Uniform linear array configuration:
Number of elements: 12
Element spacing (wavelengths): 0.5
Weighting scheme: uniform
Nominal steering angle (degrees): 15
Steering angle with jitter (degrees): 15.146
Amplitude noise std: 0.05
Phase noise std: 0.05

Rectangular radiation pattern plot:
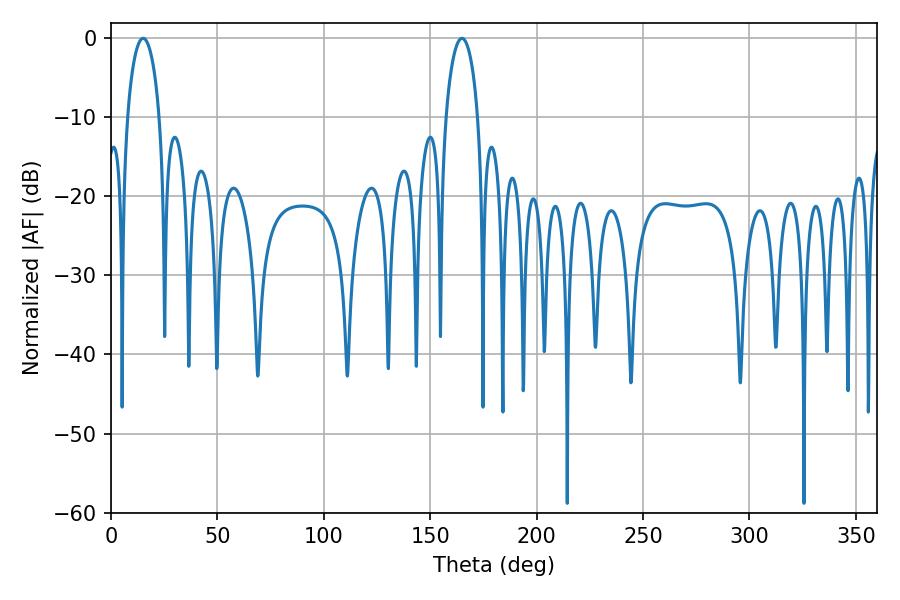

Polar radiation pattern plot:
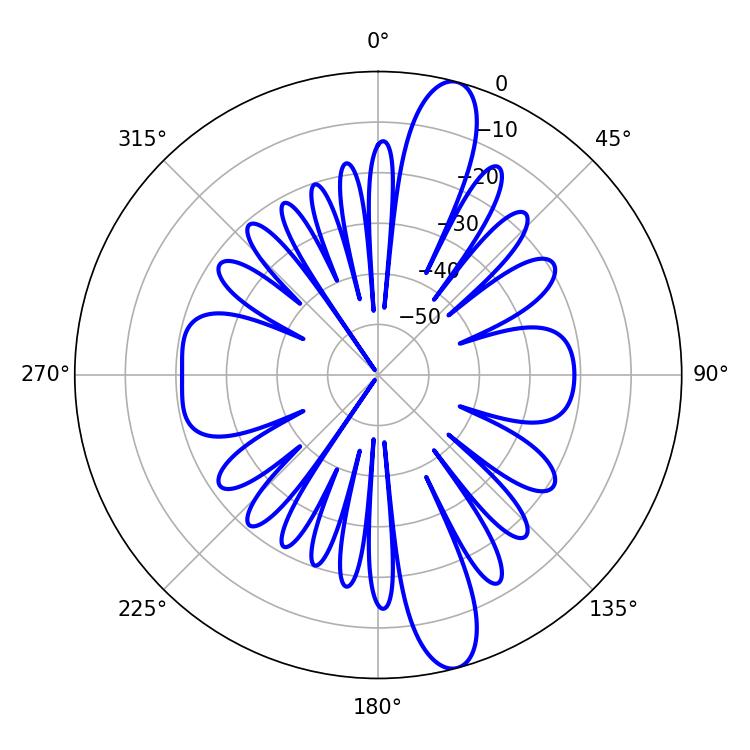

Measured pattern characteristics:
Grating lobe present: FALSE
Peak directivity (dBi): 13.558
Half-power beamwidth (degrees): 8.64
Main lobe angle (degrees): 15.12